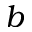
b